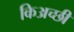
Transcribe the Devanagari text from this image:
किअच्छी